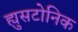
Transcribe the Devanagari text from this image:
ह्युसटोनिक